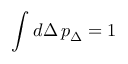
\int d \Delta \, p _ { \Delta } = 1